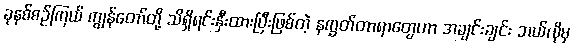
ခုနစ်စဉ်ကြယ် ကျွန်တော်တို့ သိရှိရင်းနှီးထားပြီးဖြစ်တဲ့ နက္ခတ်တာရာတွေဟာ အချင်းချင်း ဘယ်လိုမှ